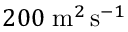
2 0 0 \; \mathrm { m } ^ { 2 } \, \mathrm { s } ^ { - 1 }